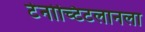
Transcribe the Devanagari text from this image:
टेनोच्टिटलानला